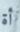
أة